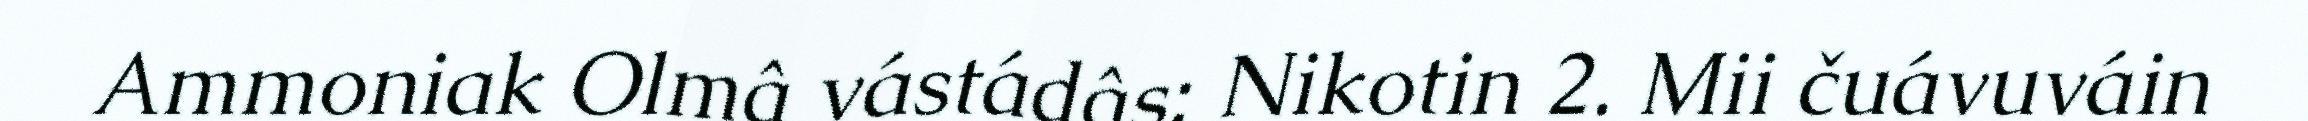
Ammoniak Olmâ vástádâs: Nikotin 2. Mii čuávuváin